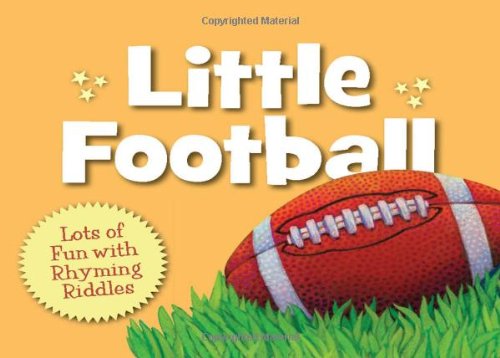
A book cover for Little Football (Little Sports); Brad Herzog; Children's Books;